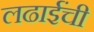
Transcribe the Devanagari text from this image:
लढाईंची